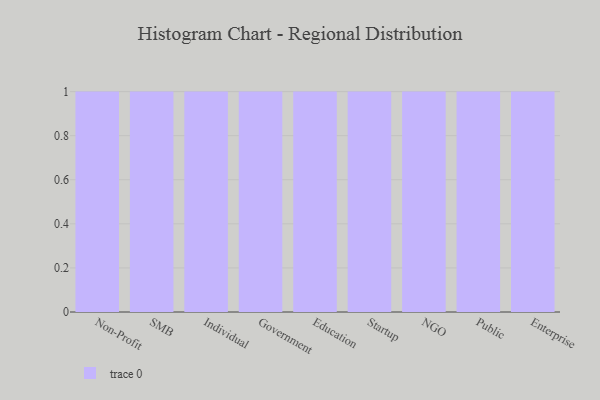
{"axis": {"x": "Segment", "y": "Headcount"}, "legend": [""], "data": [{"x": "Non-Profit", "y": 87, "type": ""}, {"x": "SMB", "y": 16, "type": ""}, {"x": "Individual", "y": 30, "type": ""}, {"x": "Government", "y": 98, "type": ""}, {"x": "Education", "y": 16, "type": ""}, {"x": "Startup", "y": 96, "type": ""}, {"x": "NGO", "y": 17, "type": ""}, {"x": "Public", "y": 51, "type": ""}, {"x": "Enterprise", "y": 32, "type": ""}]}